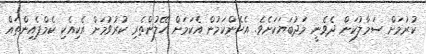
ކުރުމަށް ސަމާލުކަން ދެވެނީ މަދުބަޔަކަށެވެ. އެހެންކަމުން އެކަމަށް ހޭލުންތެރި ކުރުވުމަށް އެކިއެކި ކެމްޕެއިންތައް